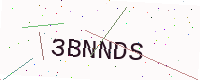
Text: 3BNNDS